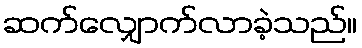
ဆက်လျှောက်လာခဲ့သည်။